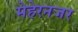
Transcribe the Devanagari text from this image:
मेहेरनजर